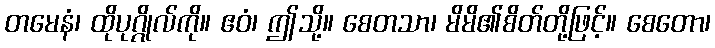
တမေနံ၊ ထိုပုဂ္ဂိုလ်ကို။ ဧဝံ၊ ဤသို့။ စေတသာ၊ မိမိ၏စိတ်တို့ဖြင့်။ စေတော၊